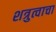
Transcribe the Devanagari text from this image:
शत्रुत्वाचा